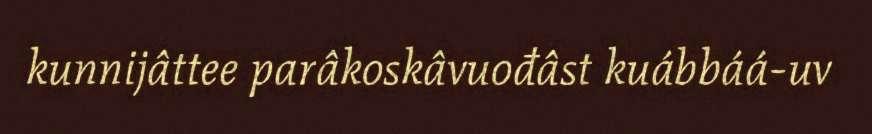
kunnijâttee parâkoskâvuođâst kuábbáá-uv